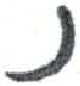
אות: נ